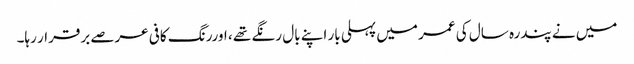
میں نے پندرہ سال کی عمر میں پہلی بار اپنے بال رنگے تھے ، اوررنگ کافی عرصے برقرار رہا۔